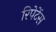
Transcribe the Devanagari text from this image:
रिपेटेंस